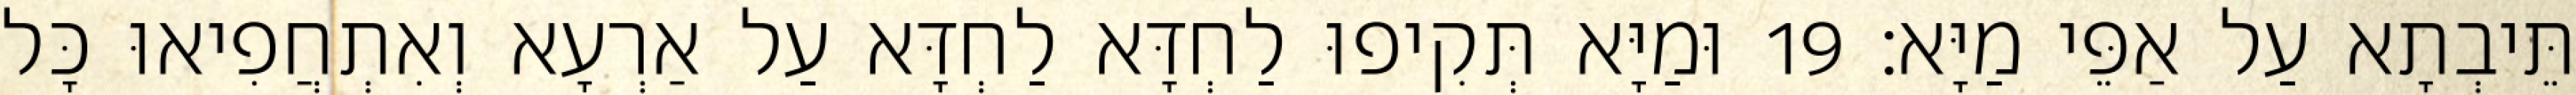
תֵּיבְתָא עַל אַפֵּי מַיָּא׃ 19 וּמַיָּא תְּקִיפוּ לַחְדָּא לַחְדָּא עַל אַרְעָא וְאִתְחֲפִיאוּ כָּל